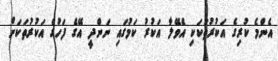
އެންމެ ކުރިގެ އަކުރުތަކަކި އެވޭލާ އަކުރު ކަމުގައި ނަންދީ އޭގެ ފަހުގެ އަކުރުތަކަށް